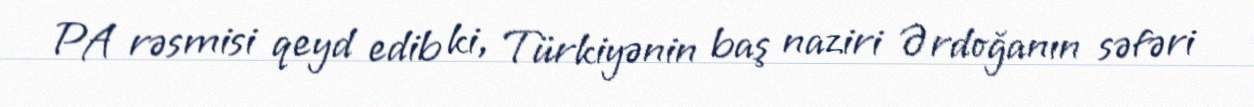
PA rəsmisi qeyd edib ki, Türkiyənin baş naziri Ərdoğanın səfəri